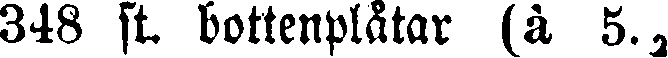
348 st. bottenplåtar (à 5.₂